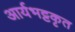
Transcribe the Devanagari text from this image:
आर्यभट्टकृत